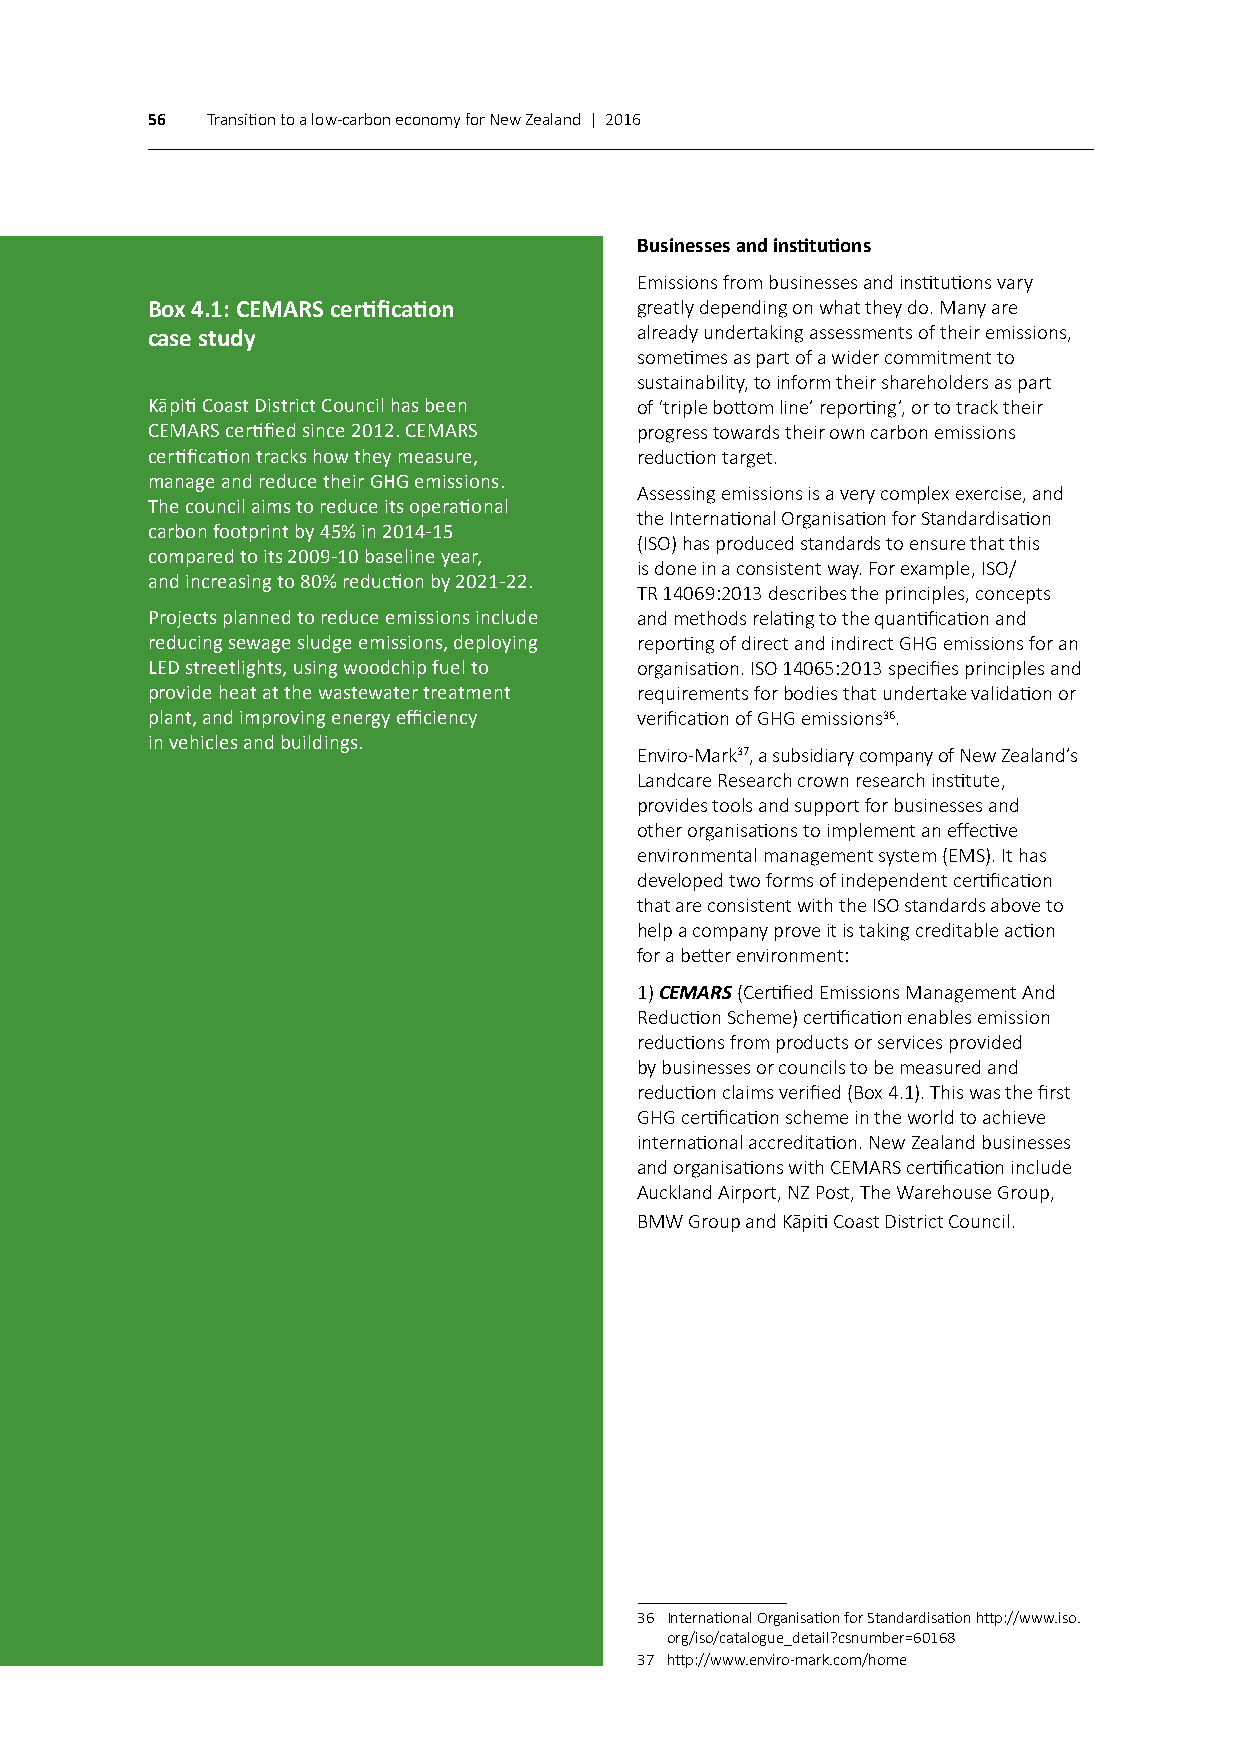
56  Transition to a low-carbon economy for New Zealand | 2016
 Businesses and institutions
 Emissions from businesses and institutions vary
 Box 4.1: CEMARS certification   greatly depending on what they do. Many are
 already undertaking assessments of their emissions,
 case study
 sometimes as part of a wider commitment to
 sustainability, to inform their shareholders as part
 Kāpiti Coast District Council has been of ‘triple bottom line’ reporting’, or to track their
 CEMARS certified since 2012. CEMARS progress towards their own carbon emissions
 certification tracks how they measure, reduction target.
 manage and reduce their GHG emissions.
 Assessing emissions is a very complex exercise, and
 The council aims to reduce its operational
 the International Organisation for Standardisation
 carbon footprint by 45% in 2014-15
 (ISO) has produced standards to ensure that this
 compared to its 2009-10 baseline year,
 is done in a consistent way. For example, ISO/
 and increasing to 80% reduction by 2021-22.
 TR 14069:2013 describes the principles, concepts
 Projects planned to reduce emissions include and methods relating to the quantification and
 reducing sewage sludge emissions, deploying reporting of direct and indirect GHG emissions for an
 LED streetlights, using woodchip fuel to organisation. ISO 14065:2013 specifies principles and
 provide heat at the wastewater treatment requirements for bodies that undertake validation or
 plant, and improving energy efficiency verification of GHG emissions36.
 in vehicles and buildings.
 Enviro-Mark37, a subsidiary company of New Zealand’s
 Landcare Research crown research institute,
 provides tools and support for businesses and
 other organisations to implement an effective
 environmental management system (EMS). It has
 developed two forms of independent certification
 that are consistent with the ISO standards above to
 help a company prove it is taking creditable action
 for a better environment:
 1) CEMARS (Certified Emissions Management And
 Reduction Scheme) certification enables emission
 reductions from products or services provided
 by businesses or councils to be measured and
 reduction claims verified (Box 4.1). This was the first
 GHG certification scheme in the world to achieve
 international accreditation. New Zealand businesses
 and organisations with CEMARS certification include
 Auckland Airport, NZ Post, The Warehouse Group,
 BMW Group and Kāpiti Coast District Council.
 36 International Organisation for Standardisation http://www.iso.
 org/iso/catalogue_detail?csnumber=60168
 37 http://www.enviro-mark.com/home